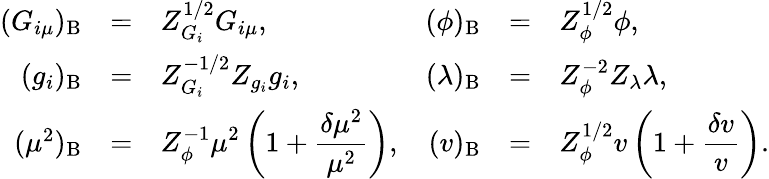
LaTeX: \begin{array}{rclrcl}{{(G_{i\mu})_{\mathrm{B}}}}&{{=}}&{{Z_{G_{i}}^{1/2}G_{i\mu},}}&{{(\phi)_{\mathrm{B}}}}&{{=}}&{{Z_{\phi}^{1/2}\phi,}}\\ {{\displaystyle(g_{i})_{\mathrm{B}}}}&{{=}}&{{Z_{G_{i}}^{-1/2}Z_{g_{i}}g_{i},}}&{{(\lambda)_{\mathrm{B}}}}&{{=}}&{{Z_{\phi}^{-2}Z_{\lambda}\lambda,}}\\ {{(\mu^{2})_{\mathrm{B}}}}&{{=}}&{{\displaystyle Z_{\phi}^{-1}\mu^{2}\left(1+\frac{\delta\mu^{2}}{\mu^{2}}\right),}}&{{(v)_{\mathrm{B}}}}&{{=}}&{{\displaystyle Z_{\phi}^{1/2}v\left(1+\frac{\delta v}{v}\right).}}\end{array}